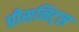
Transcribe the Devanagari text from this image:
प्रीसनिट्स